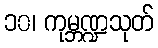
၁၀၊ ကုမ္ဘဏ္ဍသုတ်